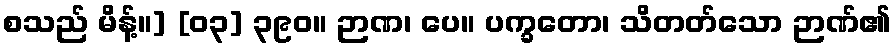
စသည် မိန့်။] [၀၃] ၃၉၀။ ဉာဏ၊ ပေ။ ပက္ခတော၊ သိတတ်သော ဉာဏ်၏